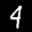
Label: 4